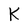
Character: K